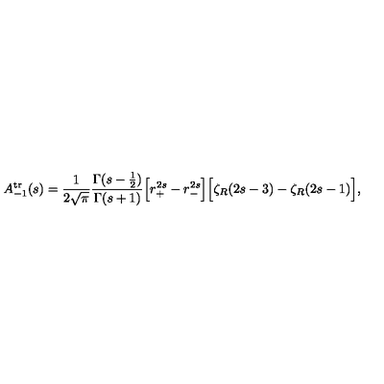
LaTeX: A _ { - 1 } ^ { \mathrm { t r } } ( s ) = { \frac { 1 } { 2 \sqrt { \pi } } } { \frac { \Gamma ( s - { \frac { 1 } { 2 } } ) } { \Gamma ( s + 1 ) } } \Bigr [ r _ { + } ^ { 2 s } - r _ { - } ^ { 2 s } \Bigr ] \Bigr [ \zeta _ { R } ( 2 s - 3 ) - \zeta _ { R } ( 2 s - 1 ) \Bigr ] ,